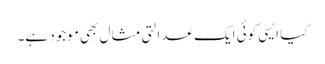
کیا ایسی کوئی ایک عدالتی مثال بھی موجود ہے۔